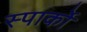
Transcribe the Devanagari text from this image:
स्पार्को